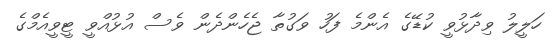
ހަލީލު ވިދާޅުވީ ކުޑޭގެ އެންމެ ފަހު ވަގުތާ ޖެހެންދެން ވެސް އުޅުއްވީ ޓީވީއެމްގެ